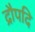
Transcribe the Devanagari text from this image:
द्रौपदि